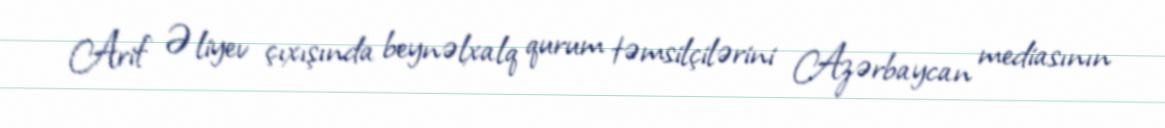
Arif Əliyev çıxışında beynəlxalq qurum təmsilçilərini Azərbaycan mediasının